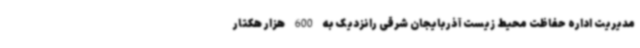
مدیریت اداره حفاظت محیط زیست آذربایجان شرقی رانزدیک به 600 هزار هکتار